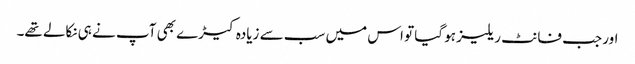
اور جب فانٹ ریلیز ہو گیا تو اس میں سب سے زیادہ کیڑے بھی آپ نے ہی نکالے تھے۔